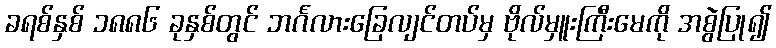
ခရစ်နှစ် ၁၈၈၆ ခုနှစ်တွင် ဘင်္ဂလားခြေလျင်တပ်မှ ဗိုလ်မှူးကြီးမေကို အစွဲပြု၍